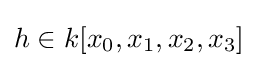
h\in k[x_{0},x_{1},x_{2},x_{3}]